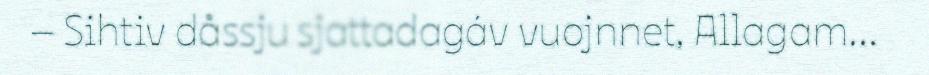
– Sihtiv dåssju sjattadagáv vuojnnet, Allagam...